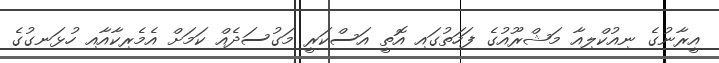
އީރާނުގެ ނިއުކްލިއާ މަޝްރޫއުގެ ފަހަތުގައި އޮތީ އަސްކަރީ މަގުސަދެއް ކަމަށް އެމެރިކާއާއި ހުޅަނގުގެ